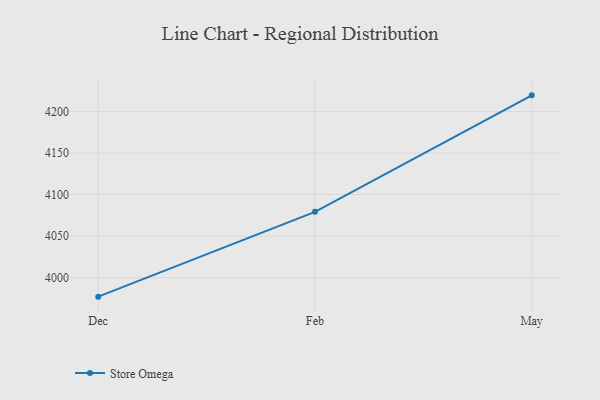
{"axis": {"x": "Month", "y": "Shipments"}, "legend": ["Store Omega"], "data": [{"x": "Dec", "y": 3977.1, "type": "Store Omega"}, {"x": "Feb", "y": 4079.2, "type": "Store Omega"}, {"x": "May", "y": 4219.4, "type": "Store Omega"}]}